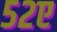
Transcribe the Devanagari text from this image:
५२ए